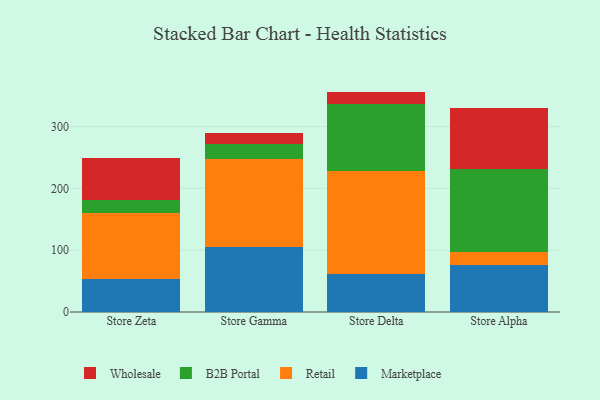
{"axis": {"x": "Store", "y": "Operating Costs (USD K)"}, "legend": ["B2B Portal", "Marketplace", "Retail", "Wholesale"], "data": [{"x": "Store Zeta", "y": 54.0, "type": "Marketplace"}, {"x": "Store Zeta", "y": 106.0, "type": "Retail"}, {"x": "Store Zeta", "y": 20.6, "type": "B2B Portal"}, {"x": "Store Zeta", "y": 68.5, "type": "Wholesale"}, {"x": "Store Gamma", "y": 104.7, "type": "Marketplace"}, {"x": "Store Gamma", "y": 143.0, "type": "Retail"}, {"x": "Store Gamma", "y": 23.2, "type": "B2B Portal"}, {"x": "Store Gamma", "y": 18.5, "type": "Wholesale"}, {"x": "Store Delta", "y": 61.3, "type": "Marketplace"}, {"x": "Store Delta", "y": 167.1, "type": "Retail"}, {"x": "Store Delta", "y": 107.6, "type": "B2B Portal"}, {"x": "Store Delta", "y": 20.4, "type": "Wholesale"}, {"x": "Store Alpha", "y": 76.8, "type": "Marketplace"}, {"x": "Store Alpha", "y": 20.9, "type": "Retail"}, {"x": "Store Alpha", "y": 134.2, "type": "B2B Portal"}, {"x": "Store Alpha", "y": 97.2, "type": "Wholesale"}]}